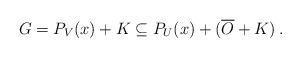
LaTeX: \begin{align*}G= P_{V}(x)+K \subseteq P_U(x)+(\overline{O}+K) \,.\end{align*}